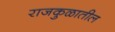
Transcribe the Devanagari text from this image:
राजकुळातील